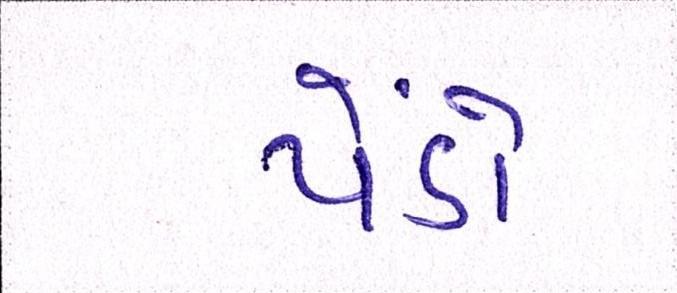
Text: પેંડો